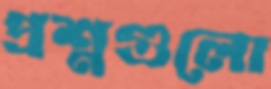
প্রশ্নগুলো